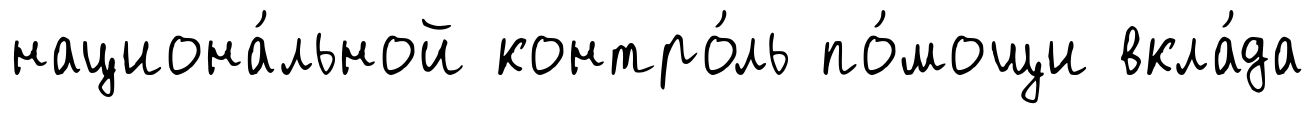
национа́льной контро́ль по́мощи вкла́да